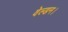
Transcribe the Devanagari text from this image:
वेल्डन।